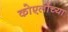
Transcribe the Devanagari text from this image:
कोएलोंच्या